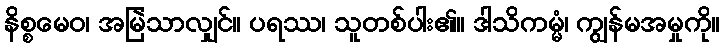
နိစ္စမေဝ၊ အမြဲသာလျှင်။ ပရဿ၊ သူတစ်ပါး၏။ ဒါသိကမ္မံ၊ ကျွန်မအမှုကို။